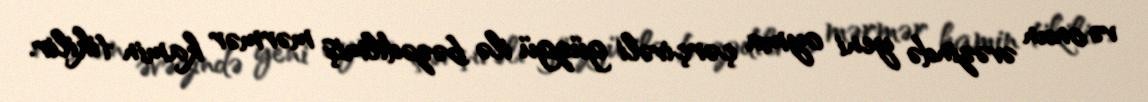
və onun əvəzində yeni oyma çərçivəli güzgü ilə bəzədilmiş mərmər kamin tikilir.